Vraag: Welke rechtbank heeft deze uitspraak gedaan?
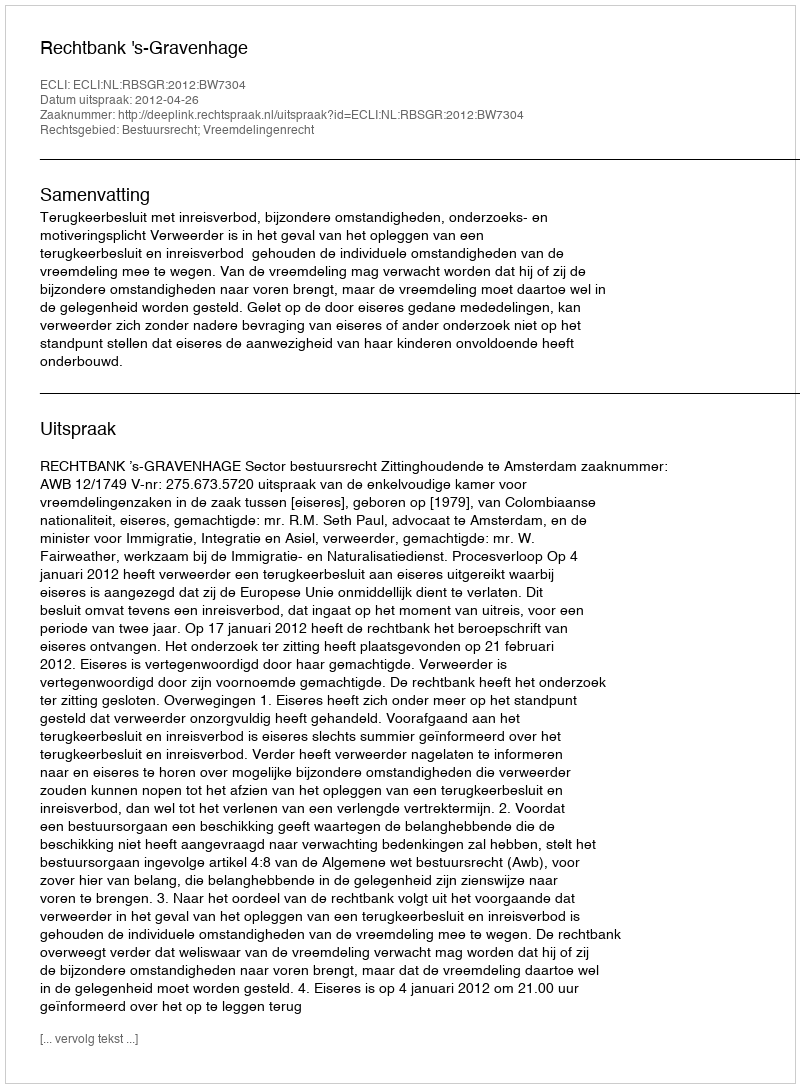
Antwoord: Rechtbank 's-Gravenhage